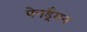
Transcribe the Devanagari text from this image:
पेनड्रैगन